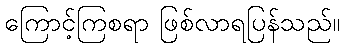
ကြောင့်ကြစရာ ဖြစ်လာရပြန်သည်။